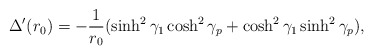
\begin{align*}\Delta'(r_0) = -{1 \over r_0}(\sinh^2 \gamma_1 \cosh^2 \gamma_p + \cosh^2 \gamma_1 \sinh^2 \gamma_p ),\end{align*}